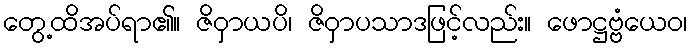
တွေ့ထိအပ်ရာ၏။ ဇိဝှာယပိ၊ ဇိဝှာပသာဒဖြင့်လည်း။ ဖောဋ္ဌဗ္ဗံယေဝ၊